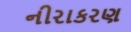
નીરાકરણ